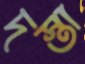
দস্তা